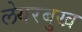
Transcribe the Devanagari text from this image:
लेयरबुख